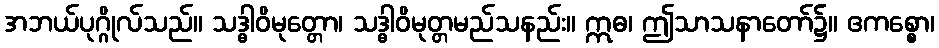
အဘယ်ပုဂ္ဂိုလ်သည်။ သဒ္ဓါဝိမုတ္တော၊ သဒ္ဓါဝိမုတ္တမည်သနည်း။ ဣဓ၊ ဤသာသနာတော်၌။ ဧကစ္စော၊